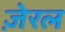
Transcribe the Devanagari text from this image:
ज़ेरल